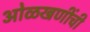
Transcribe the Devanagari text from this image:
ओळखणींची